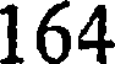
1 64